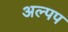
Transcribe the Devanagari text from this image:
अल्पप